65_HS1-834228961_62-HQ-83894_Section_4
Agency: FBI
Page 156
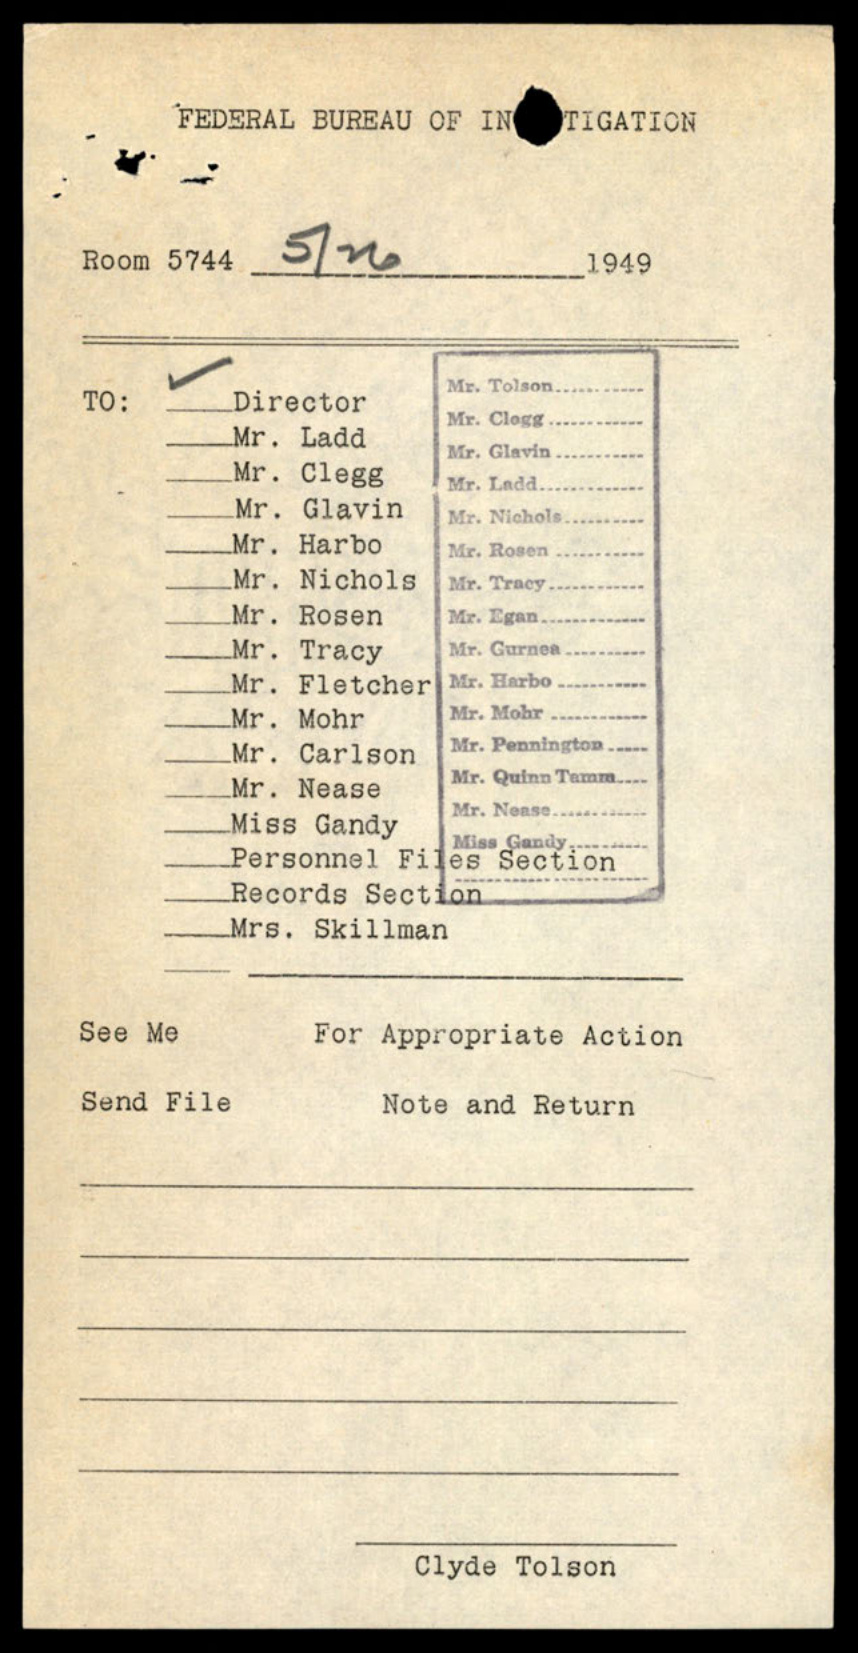